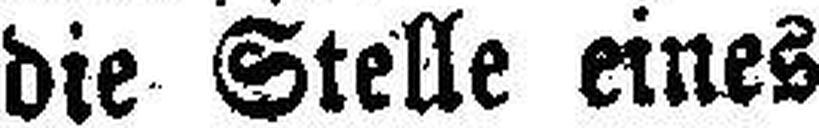
die Stelle eines